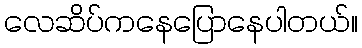
လေဆိပ်ကနေပြောနေပါတယ်။